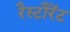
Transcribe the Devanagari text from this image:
रैस्टौरेंट